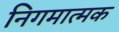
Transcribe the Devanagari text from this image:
निगमात्मक